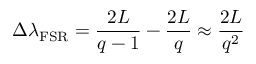
\Delta \lambda _ { \mathrm { F S R } } = \frac { 2 L } { q - 1 } - \frac { 2 L } { q } \approx \frac { 2 L } { q ^ { 2 } }